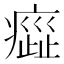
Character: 𤹻